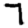
Digit: 7